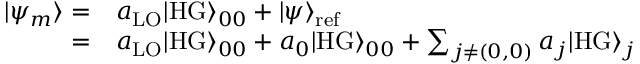
\begin{array} { r l } { | \psi _ { m } \rangle = } & { a _ { \mathrm { L O } } | \mathrm { H G } \rangle _ { 0 0 } + | \psi \rangle _ { \mathrm { r e f } } } \\ { = } & { a _ { \mathrm { L O } } | \mathrm { H G } \rangle _ { 0 0 } + a _ { 0 } | \mathrm { H G } \rangle _ { 0 0 } + \sum _ { j \neq ( 0 , 0 ) } a _ { j } | \mathrm { H G } \rangle _ { j } } \end{array}